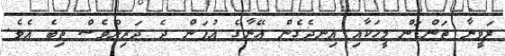
ރަވީނާ ތަންޑަން މީހަކާއި އިނދެގެން އޭނާގެ އުފަން ދެ ދަރިންވެސް ތިބެ އެވެ.